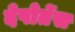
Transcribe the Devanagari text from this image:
देपोर्तेस